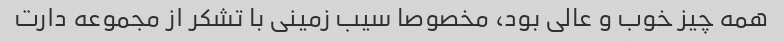
همه چیز خوب و عالی بود، مخصوصا سیب زمینی با تشکر از مجموعه دارت